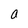
Character: a